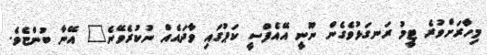
މިހާރަށްވުރެ ޓީމު ރަނގަޅުވެގެން ނޫނީ އޭއެފްސީ ކަޕުގައި ވާދައެއް ނުކުރެވޭނެ" އޭނާ ބުންޏެވެ.